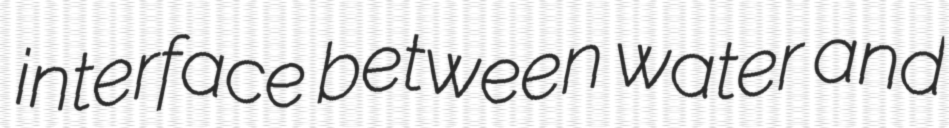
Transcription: interface between water and